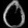
Digit: ၀